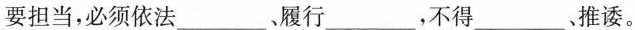
要担当，必须依法___、履行___，不得___推诿。